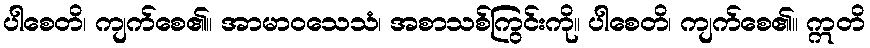
ပါစေတိ၊ ကျက်စေ၏။ အာမာဝသေသံ၊ အစာသစ်ကြွင်းကို။ ပါစေတိ၊ ကျက်စေ၏။ ဣတိ